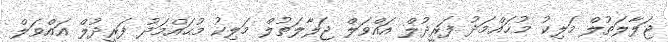
ޖަލާލަތުލް މަލިކު މުޙައްމަދު ފަރީދުލް އައްވަލް ޖަލާލަތުލް މަލިކު މުޙައްމަދު ފަރީދުލް އައްވަލް